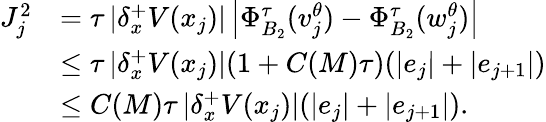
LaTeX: \begin{array}{rl}{J_{j}^{2}}&{=\tau\left|{\delta_{x}^{+}}V(x_{j})\right|\left|\Phi_{B_{2}}^{\tau}(v_{j}^{\theta})-\Phi_{B_{2}}^{\tau}(w_{j}^{\theta})\right|}\\ &{\leq\tau\left|{\delta_{x}^{+}}V(x_{j})\right|(1+C(M)\tau)(|e_{j}|+|e_{j+1}|)}\\ &{\leq C(M)\tau\left|{\delta_{x}^{+}}V(x_{j})\right|(|e_{j}|+|e_{j+1}|).}\end{array}